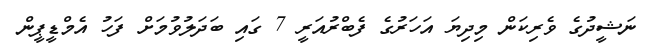
ނަޝީދުގެ ވެރިކަން މިދިޔަ އަހަރުގެ ފެބްރުއަރީ 7 ގައި ބަދަލުވުމަށް ފަހު އެމްޑީޕީން